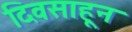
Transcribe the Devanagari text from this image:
दिवसाहून